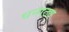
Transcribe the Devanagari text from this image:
धनाठ्य